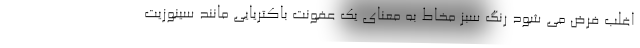
اغلب فرض می شود رنگ سبز مخاط به معنای یک عفونت باکتریایی مانند سینوزیت